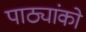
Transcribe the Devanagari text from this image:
पाठ्यांको